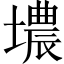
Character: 𮰮